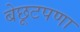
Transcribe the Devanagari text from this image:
बेछूटपणा